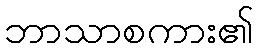
ဘာသာစကား၏